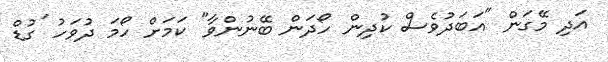
އަދި މޭގަން "އަބަދުވެސް ކުދިން ހޯދަން ބޭނުންވާ" ކަމަށް ހޯމަ ދުވަހު 'ގުޑް